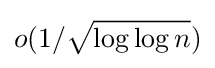
o(1/{\sqrt {\log \log n}})